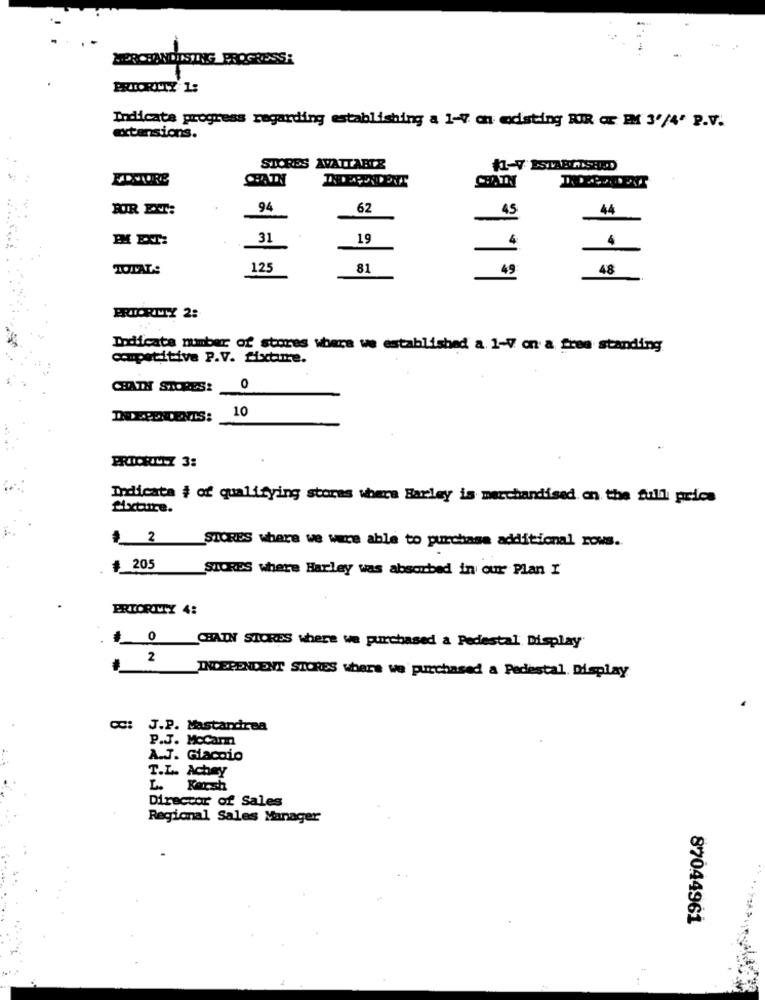
MERCHANDISING PROGRESS:
PRIORITY 1:
Indicate progress regarding establishing a 1-7 on odisting RIR Gr PM 3'/4' P.V.
extensions.
SICRES
AVATTABTE
CHATH
94
62
45
44
-
31
19
4
4
TOTAL:
125
81
49
48
PRIORITY 2:
Indicate number of stores where we established a. 1-7 on a free standing
competitive P.V. fixture.
CHATH STORES: 0
10
Indicata # of qualifying stores where Barley is merchandised on the full price
Mixture.
42
STORES where we were able to purchase additional rows.
205
STORES where Harley was absorbed in our Plan I
PRIORITY 4:
0 CHAIN STORES where we purchased a Pedestal Display
2
INDEPENDENT STORES where we purchased a Pedestal. Display
J.P. Mastandrea
P.J. McCann
A.J. Giaccio
T.L. Achey
L.
Korsh
Director of Sales
Regional Sales Manager
87044961